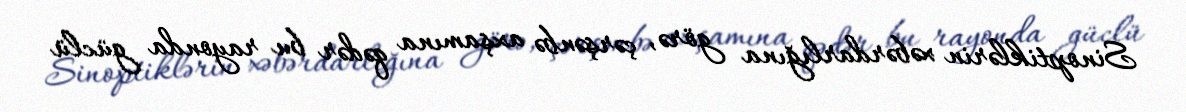
Sinoptiklərin xəbərdarlığına görə, çərşənbə axşamına qədər bu rayonda güclü